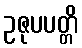
ဥဇုပပတ္တိ